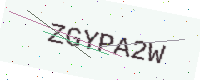
Text: ZGYPA2W